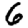
Digit: 6